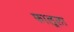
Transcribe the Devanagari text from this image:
फालूला